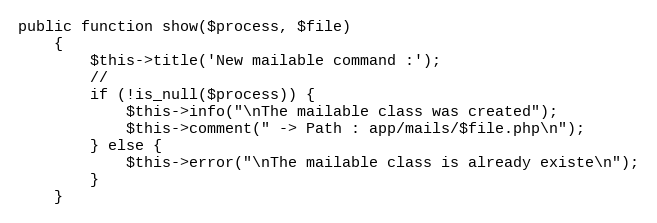
Language: PHP
public function show($process, $file)
    {
        $this->title('New mailable command :');
        //
        if (!is_null($process)) {
            $this->info("\nThe mailable class was created");
            $this->comment(" -> Path : app/mails/$file.php\n");
        } else {
            $this->error("\nThe mailable class is already existe\n");
        }
    }